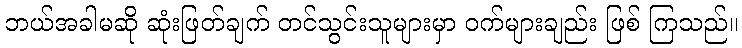
ဘယ်အခါမဆို ဆုံးဖြတ်ချက် တင်သွင်းသူများမှာ ဝက်များချည်း ဖြစ် ကြသည်။